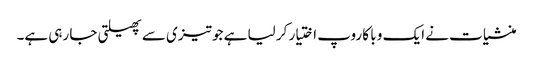
منشیات نے ایک و با کا روپ اختیار کر لیا ہے جو تیزی سے پھیلتی جا رہی ہے۔